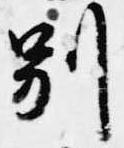
別